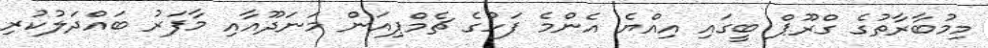
މިމުބާރާތުގެ ގްރޫޕް ބީގައި އިއްޔެ އެންމެ ފަހުގެ ޗެމްޕިއަން މަނަދޫއާއި މާފަރު ބައްދަލުކުރި